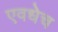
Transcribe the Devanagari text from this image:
एवधेच